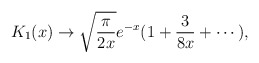
\begin{align*}K_1 (x) \to \sqrt{{\pi \over 2x}}e^{-x}(1 + {3 \over 8x} + \cdots ),\end{align*}